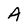
Character: A